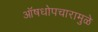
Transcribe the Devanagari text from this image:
ऑषधोपचारामुळे